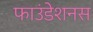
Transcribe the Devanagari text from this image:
फाउंडेशनस